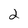
Character: 2